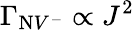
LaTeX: \Gamma_{\mathrm{N}V^{-}}\propto J^{2}